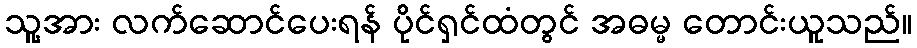
သူ့အား လက်ဆောင်ပေးရန် ပိုင်ရှင်ထံတွင် အဓမ္မ တောင်းယူသည်။